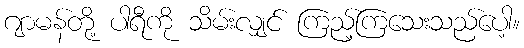
ဂျာမန်တို့ ပါရီကို သိမ်းလျှင် ကြည့်ကြသေးသည်ပေါ့။